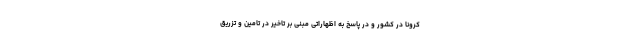
کرونا در کشور و در پاسخ به اظهاراتی مبنی بر تاخیر در تامین و تزریق